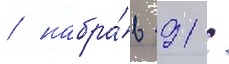
/ набра́в 91 /